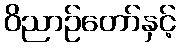
ဝိညာဉ်တော်နှင့်